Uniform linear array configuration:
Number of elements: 24
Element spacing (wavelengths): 0.5
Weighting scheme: hann
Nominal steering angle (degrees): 0
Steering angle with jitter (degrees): -0.5255
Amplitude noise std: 0.05
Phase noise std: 0.05

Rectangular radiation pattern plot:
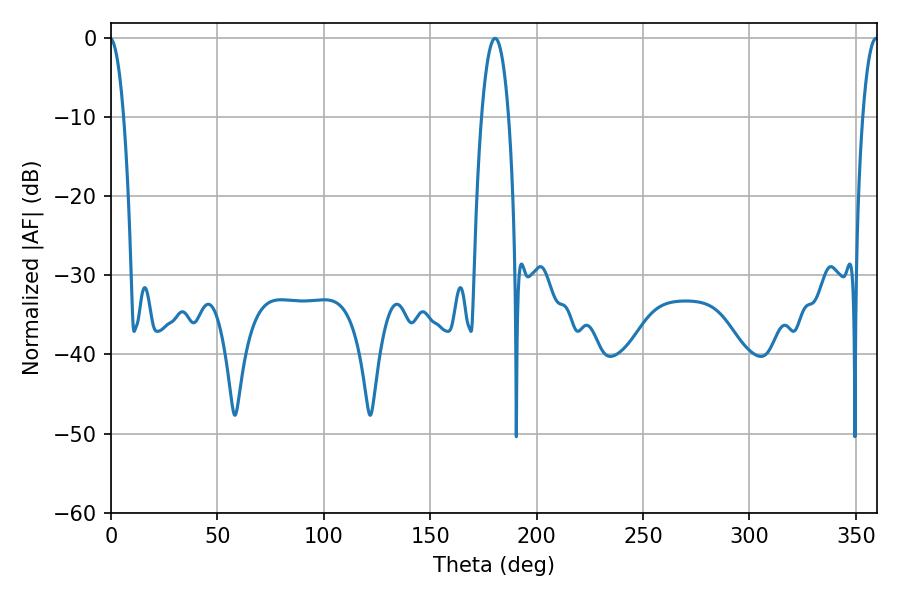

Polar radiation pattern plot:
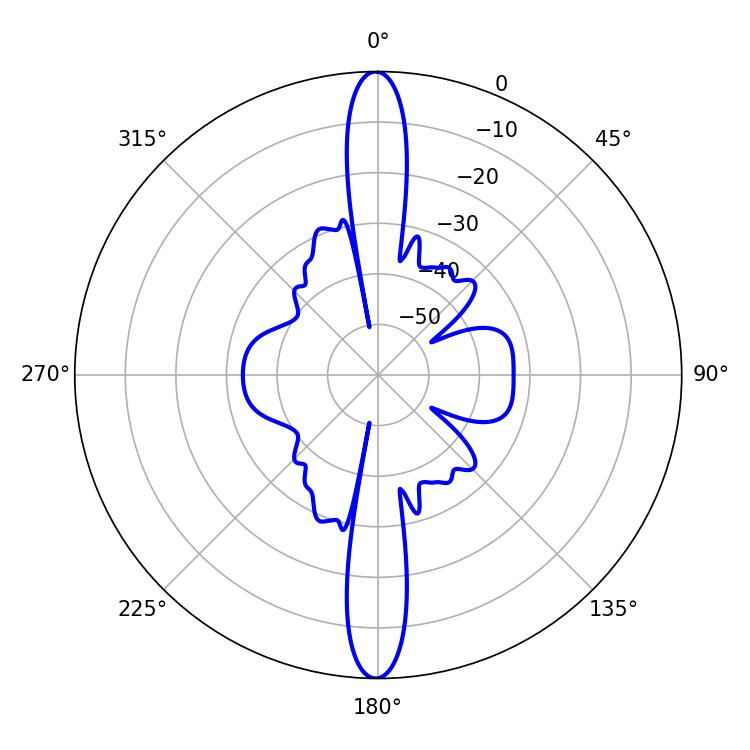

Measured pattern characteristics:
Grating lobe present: FALSE
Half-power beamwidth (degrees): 7.02
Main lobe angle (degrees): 180.54